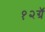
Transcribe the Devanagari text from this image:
१२ग्रॅ